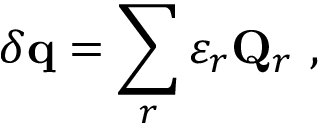
\delta \mathbf { q } = \sum _ { r } \varepsilon _ { r } \mathbf { Q } _ { r } ~ ,